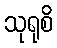
သုရုစိ